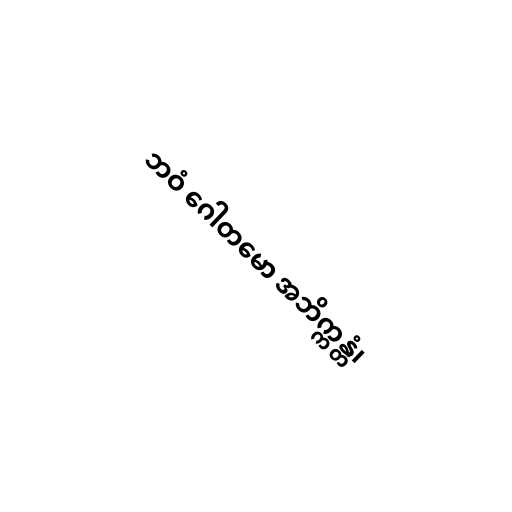
ဘဝံ ဂေါတမော အဘိက္ကန္တံ၊